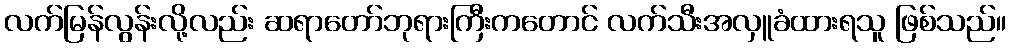
လက်မြန်လွန်းလို့လည်း ဆရာတော်ဘုရားကြီးကတောင် လက်သီးအလှူခံထားရသူ ဖြစ်သည်။